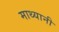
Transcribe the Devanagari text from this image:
माथ्यानी